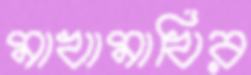
মাখামাখির